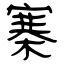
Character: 寨